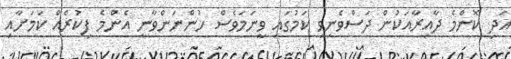
އަދި ކޮންމެ ދާއިރާއަކުން ދަސްވެނިވި ކަމުގައި ވީނަމަވެސް ހުންނަންވާނީ އެންމެ ފިކުރެއް ކަމަށާއި